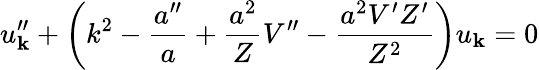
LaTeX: u_{\mathbf k}^{\prime\prime}+\left(k^{2}-\frac{a^{\prime\prime}}{a}+\frac{a^{2}}{Z}V^{\prime\prime}-\frac{a^{2}V^{\prime}Z^{\prime}}{Z^{2}}\right)u_{\mathbf k}=0